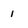
Character: i